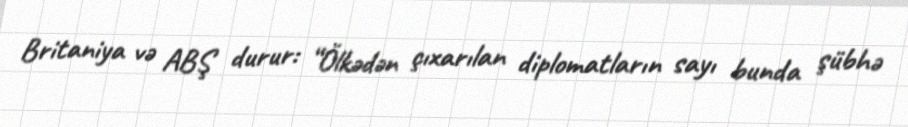
Britaniya və ABŞ durur: “Ölkədən çıxarılan diplomatların sayı bunda şübhə